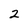
Character: 2